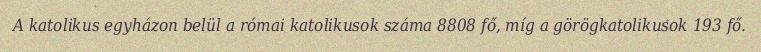
A katolikus egyházon belül a római katolikusok száma 8808 fő, míg a görögkatolikusok 193 fő.